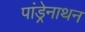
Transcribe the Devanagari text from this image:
पांड्रेनाथन